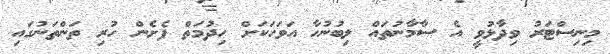
މިނިސްޓަރު ވިދާޅުވީ އެ ސާމާނުތައް ލިބުނުހާ އަވަހަކަށް ހިދުމަތް ފެށެން ހުރި ތަންތަނުގައި